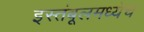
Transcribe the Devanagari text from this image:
इस्तंबूलमध्येच